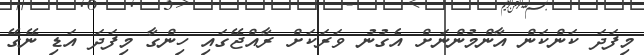
މިފަދަ ކަންކަން އާންމުންނަށް އެގުނު ވަރަކަށް ރާއްޖޭގައި ހިންގާ މިފަދަ އަޑި ނޭގޭ